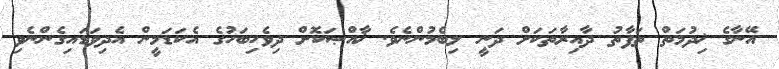
އޭނާގެ ޚިދުމަތް ތަފާތު ދާއިރާތަކަށް ދަނީ ލިބެމުންނެވެ. ޚާއްޞަކޮށް ދިވެހިބަހުގެ އެކަޑަމީން އެދިވަޑައިގެންނެވި